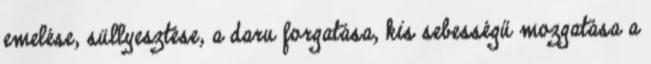
emelése, süllyesztése, a daru forgatása, kis sebességű mozgatása a